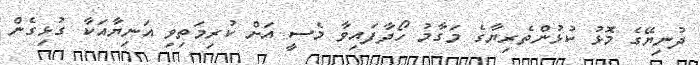
ދުނިޔޭގެ މޮޅު ކުޅުންތެރިޔާގެ މަގާމު ހޯދާފައިވާ މެސީ އަށް ކުރިމަތިވި އަނިޔާއަކާ ގުޅިގެން